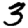
Digit: 3